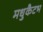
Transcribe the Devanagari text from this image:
मधुकैटभ